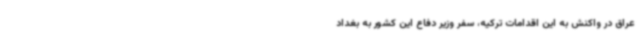
عراق در واکنش به این اقدامات ترکیه، سفر وزیر دفاع این کشور به بغداد